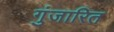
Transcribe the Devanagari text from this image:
गुंजारित